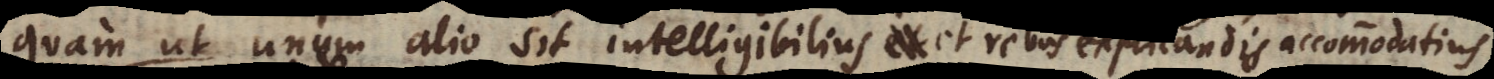
quam ut unum alio sit intelligibilius et rebus de quibus agitur